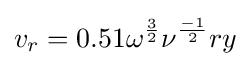
v_{r}=0.51\omega ^{\frac {3}{2}}\nu ^{\frac {-1}{2}}ry